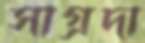
সাগ্রদা